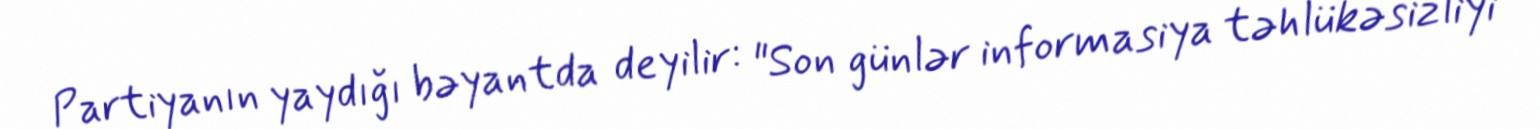
Partiyanın yaydığı bəyantda deyilir: "Son günlər informasiya təhlükəsizliyi